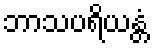
ဘာသပရိယန္တံ